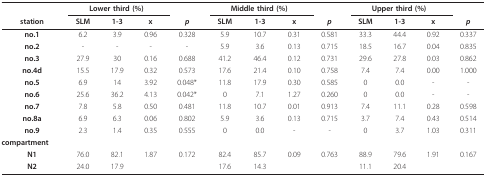
<table><thead><tr><td></td><td colspan="3"><b>Lower third (%)</b></td><td></td><td colspan="3"><b>Middle third (%)</b></td><td></td><td colspan="3"><b>Upper third (%)</b></td><td></td></tr><tr><td><b>station</b></td><td><b>SLM</b></td><td><b>1-3</b></td><td><b>x</b></td><td><b><i>p</i></b></td><td><b>SLM</b></td><td><b>1-3</b></td><td><b>x</b></td><td><b><i>p</i></b></td><td><b>SLM</b></td><td><b>1-3</b></td><td><b>x</b></td><td><b><i>p</i></b></td></tr></thead><tbody><tr><td><b>no.1</b></td><td>6.2</td><td>3.9</td><td>0.96</td><td>0.328</td><td>5.9</td><td>10.7</td><td>0.31</td><td>0.581</td><td>33.3</td><td>44.4</td><td>0.92</td><td>0.337</td></tr><tr><td><b>no.2</b></td><td>-</td><td>-</td><td>-</td><td>-</td><td>5.9</td><td>3.6</td><td>0.13</td><td>0.715</td><td>18.5</td><td>16.7</td><td>0.04</td><td>0.835</td></tr><tr><td><b>no.3</b></td><td>27.9</td><td>30</td><td>0.16</td><td>0.688</td><td>41.2</td><td>46.4</td><td>0.12</td><td>0.731</td><td>29.6</td><td>27.8</td><td>0.03</td><td>0.862</td></tr><tr><td><b>no.4d</b></td><td>15.5</td><td>17.9</td><td>0.32</td><td>0.573</td><td>17.6</td><td>21.4</td><td>0.10</td><td>0.758</td><td>7.4</td><td>7.4</td><td>0.00</td><td>1.000</td></tr><tr><td><b>no.5</b></td><td>6.9</td><td>14</td><td>3.92</td><td>0.048*</td><td>11.8</td><td>17.9</td><td>0.30</td><td>0.585</td><td>0</td><td>0.0</td><td>-</td><td>-</td></tr><tr><td><b>no.6</b></td><td>25.6</td><td>36.2</td><td>4.13</td><td>0.042*</td><td>0</td><td>7.1</td><td>1.27</td><td>0.260</td><td>0</td><td>0.0</td><td>-</td><td>-</td></tr><tr><td><b>no.7</b></td><td>7.8</td><td>5.8</td><td>0.50</td><td>0.481</td><td>11.8</td><td>10.7</td><td>0.01</td><td>0.913</td><td>7.4</td><td>11.1</td><td>0.28</td><td>0.598</td></tr><tr><td><b>no.8a</b></td><td>6.9</td><td>6.3</td><td>0.06</td><td>0.802</td><td>5.9</td><td>3.6</td><td>0.13</td><td>0.715</td><td>3.7</td><td>7.4</td><td>0.43</td><td>0.514</td></tr><tr><td><b>no.9</b></td><td>2.3</td><td>1.4</td><td>0.35</td><td>0.555</td><td>0</td><td>0.0</td><td>-</td><td>-</td><td>0</td><td>3.7</td><td>1.03</td><td>0.311</td></tr><tr><td><b>compartment</b></td><td></td><td></td><td></td><td></td><td></td><td></td><td></td><td></td><td></td><td></td><td></td><td></td></tr><tr><td><b>N1</b></td><td>76.0</td><td>82.1</td><td>1.87</td><td>0.172</td><td>82.4</td><td>85.7</td><td>0.09</td><td>0.763</td><td>88.9</td><td>79.6</td><td>1.91</td><td>0.167</td></tr><tr><td><b>N2</b></td><td>24.0</td><td>17.9</td><td></td><td></td><td>17.6</td><td>14.3</td><td></td><td></td><td>11.1</td><td>20.4</td><td></td><td></td></tr></tbody></table>